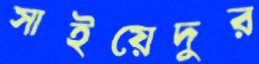
সাইয়েদুর